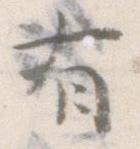
有